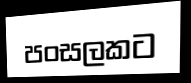
පංසලකට